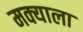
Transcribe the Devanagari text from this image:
मक्याला